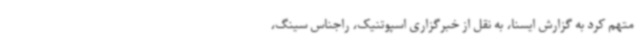
متهم کرد به گزارش ایسنا، به نقل از خبرگزاری اسپوتنیک، راجناس سینگ،